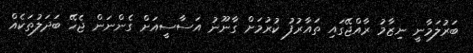
ބަރުލަމާނީ ނިޒާމު ރާއްޖޭގައި ތައާރުފު ކުރުމަށް ގާނޫނު އަސާސީއަށް ގެންނަން ޖެހޭ ބަދަލުތަކެއް